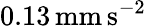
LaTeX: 0.13\mathrm{\, mm\, s^{-2}}